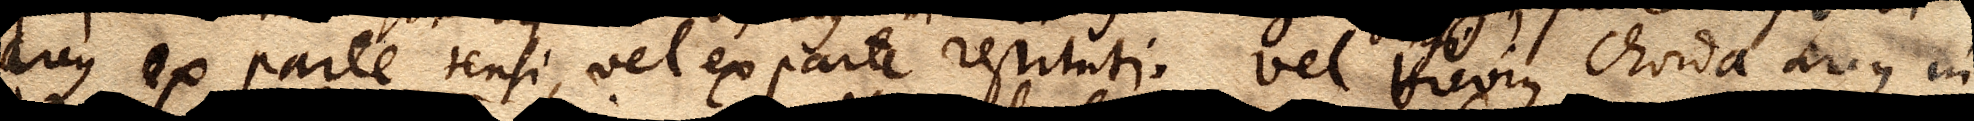
arcus ex parte tensi, vel ex parte restituti, vel brevius chorda arcus in